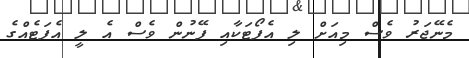
މެނޭޖަރު ވެސް މިއަށް ލި އެފޯޓަކާއި ފޭނުން ވެސް އެ ލީ އެފަޓެއްގެ